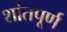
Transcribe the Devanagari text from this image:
शांतपूर्ण